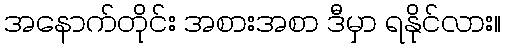
အနောက်တိုင်း အစားအစာ ဒီမှာ ရနိုင်လား။